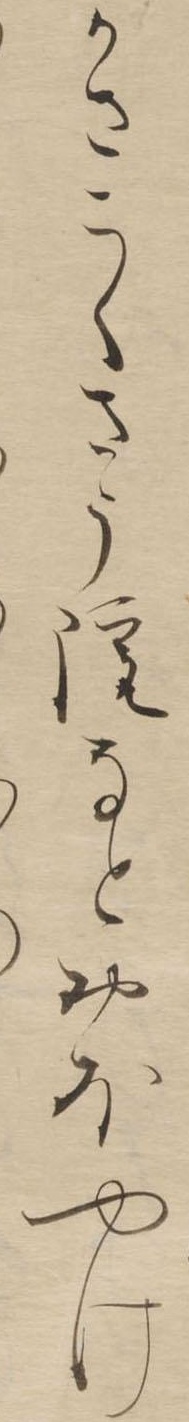
かさこくさう院なとおほやけ